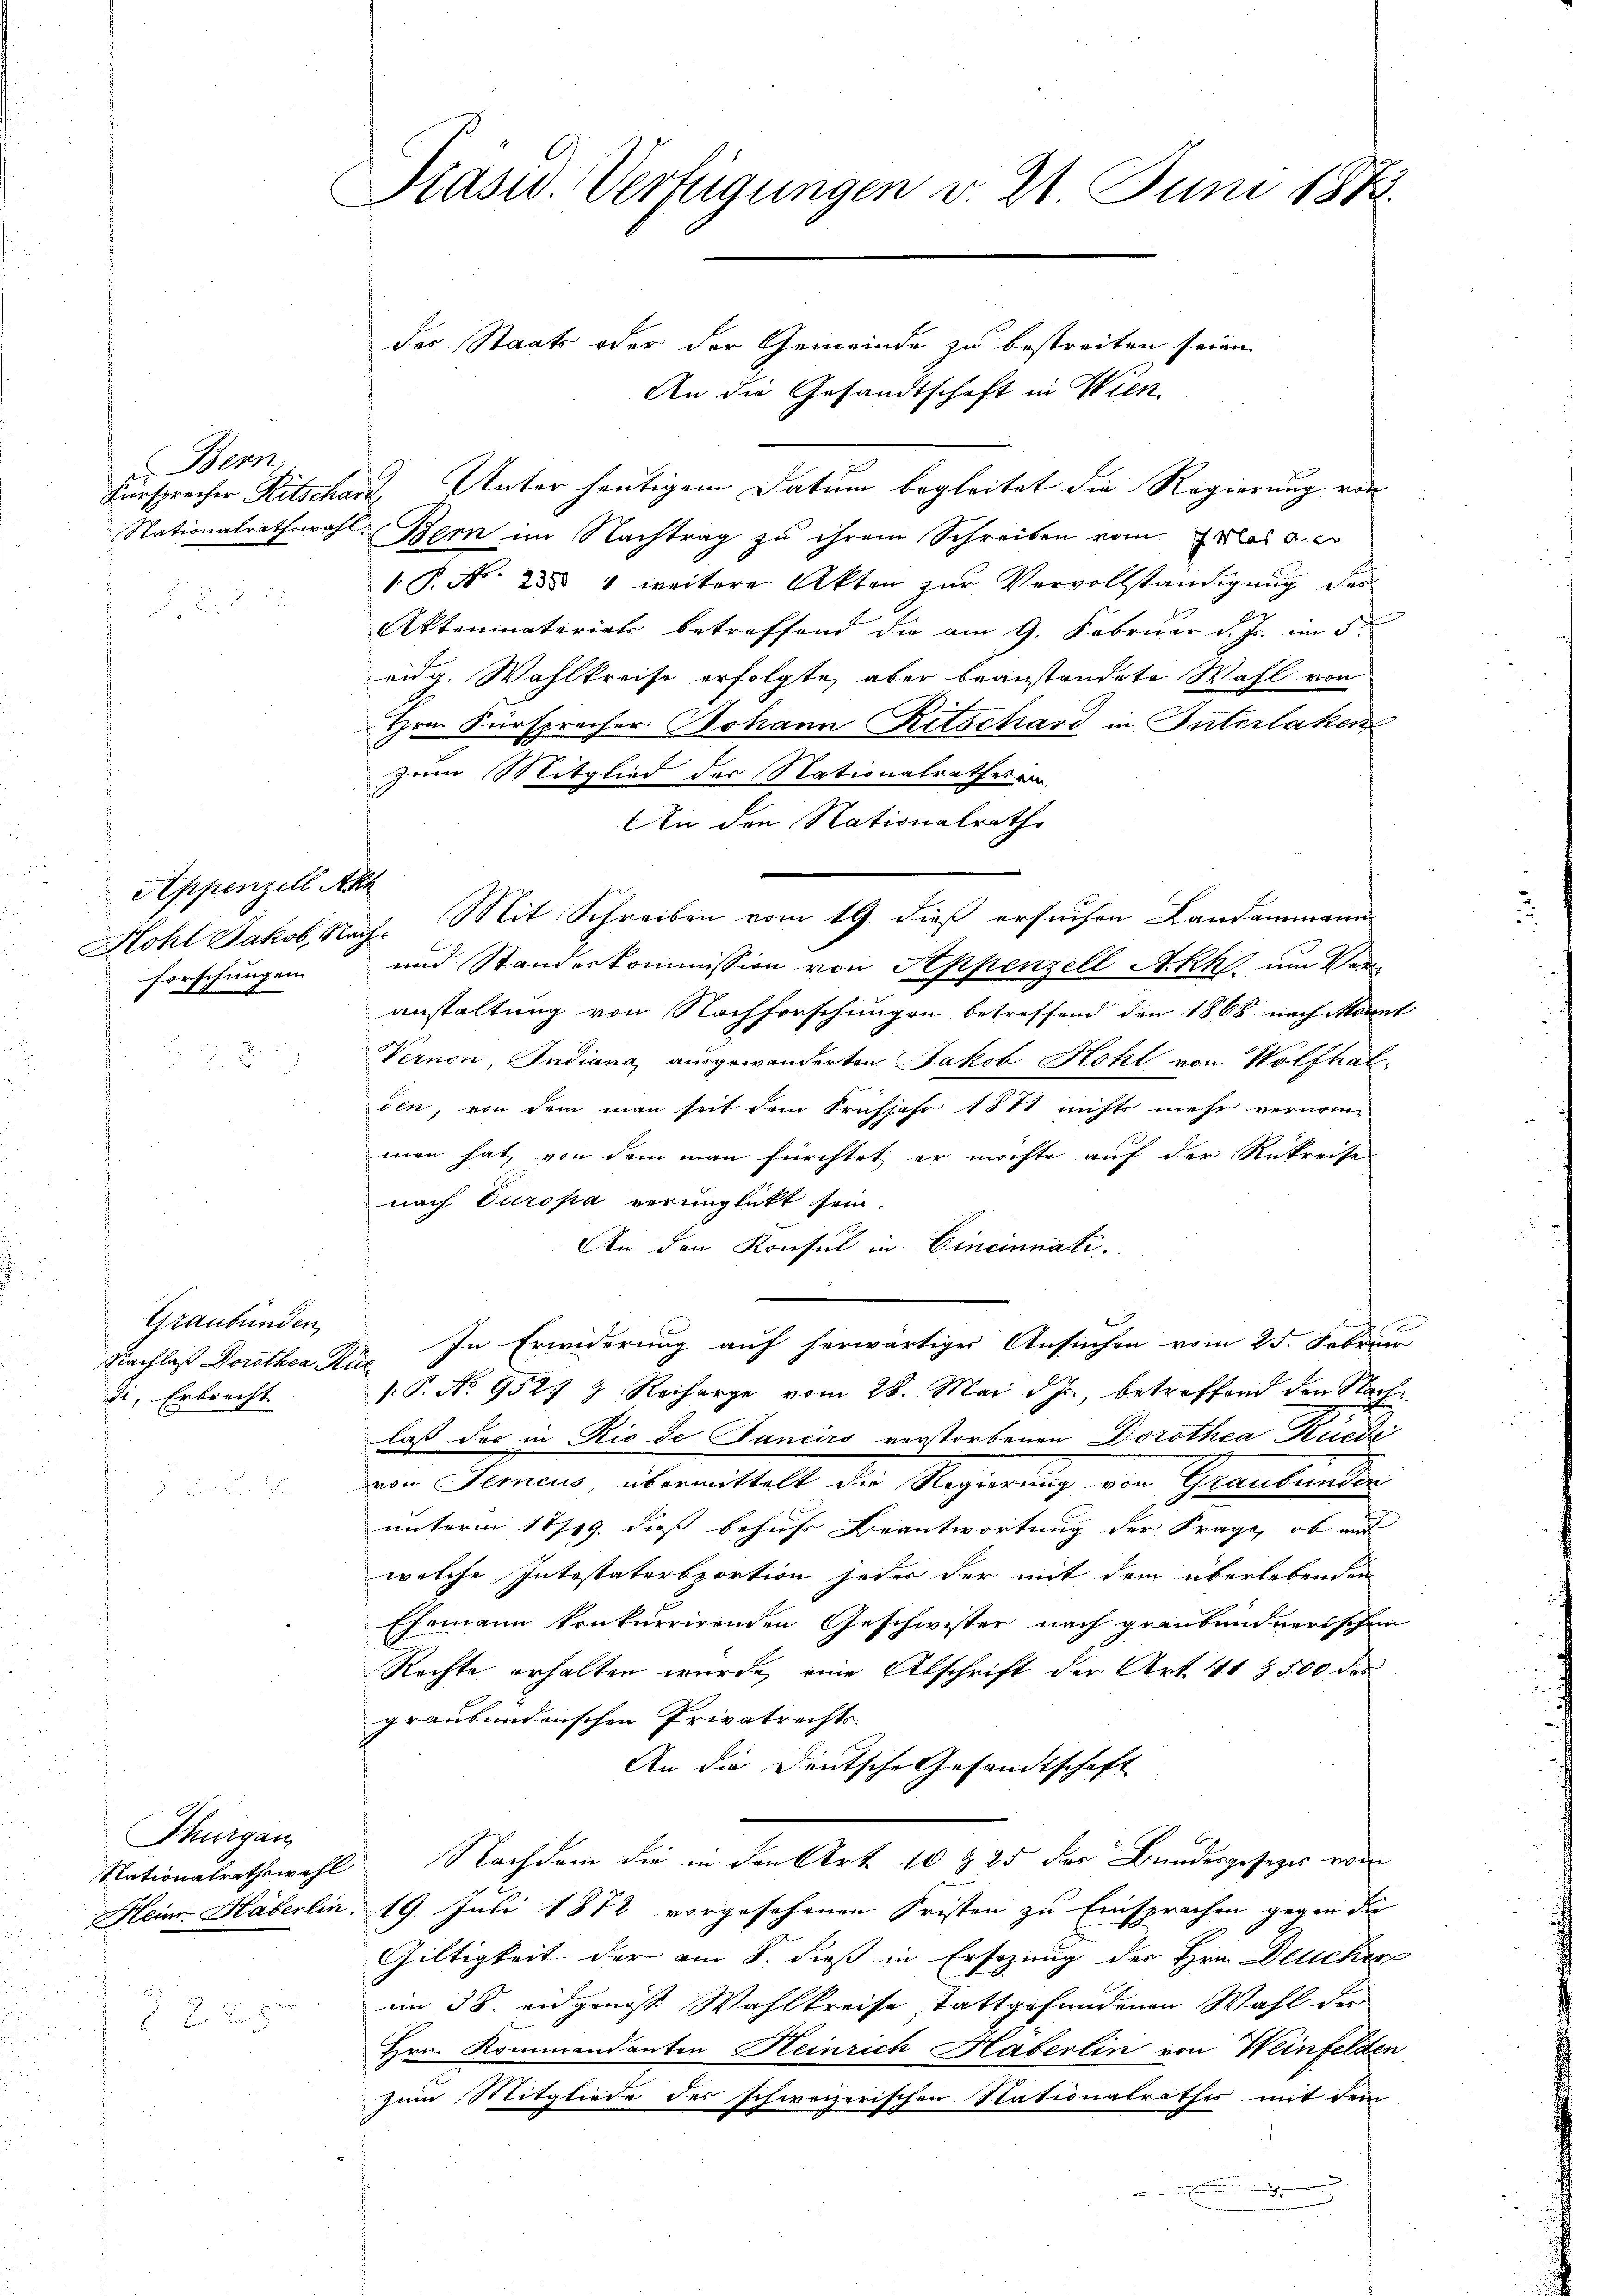
Bern.

Appenzell Akl
forschungen

Graubünden,
Nachlaß Dorothea Rie
di, Erbrecht

Thurgau
Heine Häberlin.

Präsid. Verfügungen d. 21 Juni 1872.

der Staats oder der Gemeinde zu bestreiten seien.
An die Gesandtschaft in Wien.
Fürsprecher Ritschardt, Vater heutigem Datum begleitet die Regierung von
Nationalrathswahl, Bern im Nachtrag zu ihrem Schreiben vom Gras u. e
1. P. N. 283 4 weitere Akten zŭr Vervollständigŭng der
Aktenmaterials betreffend die am 9. Februar d. Js. im 5ten
eidg. Wahlkreise erfolgte, aber beanstandete Wahl von
Hrn. Fürsprecher Johann Ritschard in Interlaken
zum Mitglied der Nationalrathes vor.
An den Nationalrath.
Hohl Jakob, Nach. Mit Schreiben vom 19. dieß ersuchen Landammann
und Standeskommission von Appenzell Akk um Veranstaltung von Nachforschungen betreffend den 1868 nach Monnt
Vernen, Indiana ausgewanderten Jakob Hohl von Wolfhalden, von dem man seit dem Frühjahr 1881 nichts mehr vernom-
men hat, von dem man fürchtet er möchte auf der Rükreise
nach Europa verunglickt sein.
An den Konsul in Cincinnati
In Erwiderung auf herwärtiger Ansuchen vom 25. Februar
¬
.P. No 9527 9 Reiharge vom 28. Mai d. Js., betreffend den Nach-
laß das in Rio de Sancirs verstorbenen Dorothea Rüedi
von Ferneus, übermittelt der Regierung von Graubünden
unterm 17/19. dieß behufs Beantwortung der Frage, ob und
welche Intestatersportion jeder der mit dem überlebenden
Ehemann konkurrirenden Geschwister nach graubündnerischen
Rechte erhalten wurde, eine Abschrift der Art. 41 § 500 des
graubündenschen Privatrechts-
An die Deutsche Gesandtschaft
Nationalrathswahl Nachdem die in den Art. 10 & 25 der Bundesgesezes vom
19. Juli 1872 vorgesehenen Fristen zu Einsprachen gegen die
Gültigkeit der am 8. dies in Ersezung der Hrn. Deuchen
im 38. angenoss Wahlkreise stattgefundenen Wahl der
Hrn. Kommandanten Heinrich Haberlin von Weinfelden
Zum Mitgliede des schweizerischen Stationalrathes mit dem